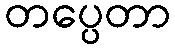
တပ္ပေတာ